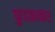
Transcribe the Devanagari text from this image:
फुदकाकर